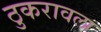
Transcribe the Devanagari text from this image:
ठुकरावला